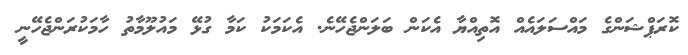
ކޮރަޕްޝަންގެ މައްސަލައެއް އޮތިއްޔާ އެކަން ބަލަންޖެހޭނެ. އެކަމަކު ކަމާ ގުޅޭ މައުލޫމާތު ހާމަކުރަންޖެހޭނީ